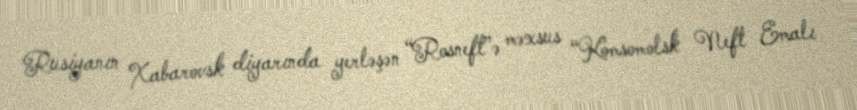
Rusiyanın Xabarovsk diyarında yerləşən “Rosneft”ə məxsus “Komsomolsk Neft Emalı